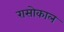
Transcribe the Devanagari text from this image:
रासोकाल